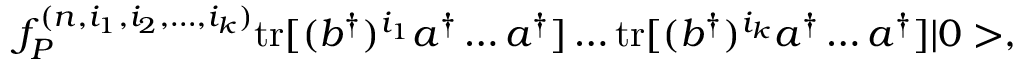
f _ { P } ^ { ( n , i _ { 1 } , i _ { 2 } , \dots , i _ { k } ) } \mathrm { t r } [ ( b ^ { \dagger } ) ^ { i _ { 1 } } a ^ { \dagger } \dots a ^ { \dagger } ] \dots \mathrm { t r } [ ( b ^ { \dagger } ) ^ { i _ { k } } a ^ { \dagger } \dots a ^ { \dagger } ] | 0 > ,